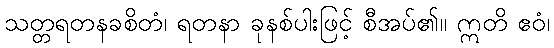
သတ္တရတနခစိတံ၊ ရတနာ ခုနစ်ပါးဖြင့် စီအပ်၏။ ဣတိ ဧဝံ၊